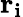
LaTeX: \mathbf{r_{i}}